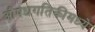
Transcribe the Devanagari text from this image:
औषधगतिकीमध्ये